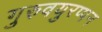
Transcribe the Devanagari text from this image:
गुरुवयुरप्पन